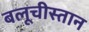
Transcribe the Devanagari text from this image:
बलूचीस्तान